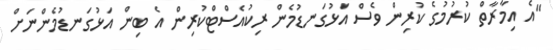
"އެ އިމާރާތް ކުރުމުގެ ކުރިން ވެސް އަޅުގަނޑުމެން ރިކުއެސްޓްކުރިން އެ ބިން އަޅުގަނޑުމެންނަށް